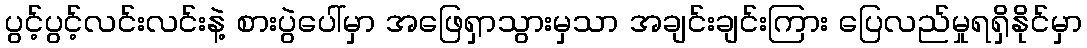
ပွင့်ပွင့်လင်းလင်းနဲ့ စားပွဲပေါ်မှာ အဖြေရှာသွားမှသာ အချင်းချင်းကြား ပြေလည်မှုရရှိနိုင်မှာ